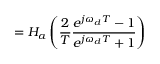
= H _ { a } \left( { \frac { 2 } { T } } { \frac { e ^ { j \omega _ { d } T } - 1 } { e ^ { j \omega _ { d } T } + 1 } } \right)